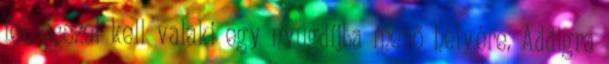
fel, ősszel kell valaki egy nyugdíjba menő helyére. Addigra